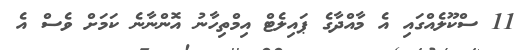
11 ސްކޫލެއްގައި އެ މާއްދާގެ ޕައިލެޓް އިމްތިހާނު އޮންނާނެ ކަމަށް ވެސް އެ